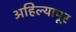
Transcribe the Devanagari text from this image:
अहिल्यापूर